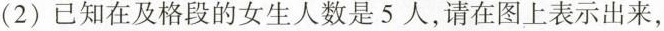
（2）已知在及格段的女生人数是5人，请在图上表示出来，